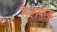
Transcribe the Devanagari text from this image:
गेलफंड